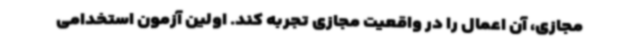
مجازی، آن اعمال را در واقعیت مجازی تجربه کند. اولین آزمون استخدامی